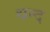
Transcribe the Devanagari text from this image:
थन्द